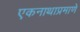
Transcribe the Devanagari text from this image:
एकनाथाप्रमाणे